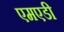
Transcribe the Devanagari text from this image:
एमएडी